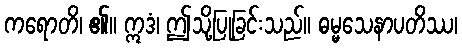
ကရောတိ၊ ၏။ ဣဒံ၊ ဤသို့ပြုခြင်းသည်။ ဓမ္မသေနာပတိဿ၊